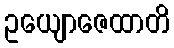
ဥယျောဇေထာတိ